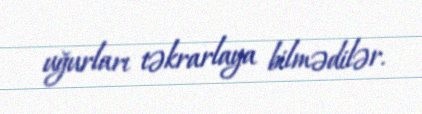
uğurları təkrarlaya bilmədilər.